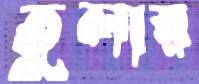
তুলার